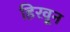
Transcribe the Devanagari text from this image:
हिरवून